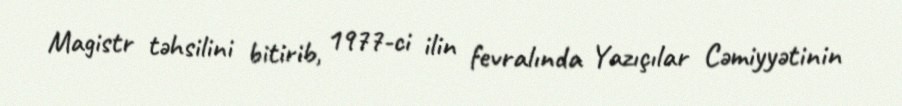
Magistr təhsilini bitirib, 1977-ci ilin fevralında Yazıçılar Cəmiyyətinin